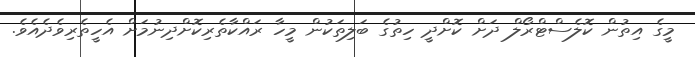
މީގެ އިތުން ކޮލެސްޓްރޯލް ދަށް ކޮށްދީ ހިތުގެ ބަލިތަކުން މީހާ ރައްކާތެރިކޮށްދިނުމަށް އެހީތެރިވެދެއެވެ.